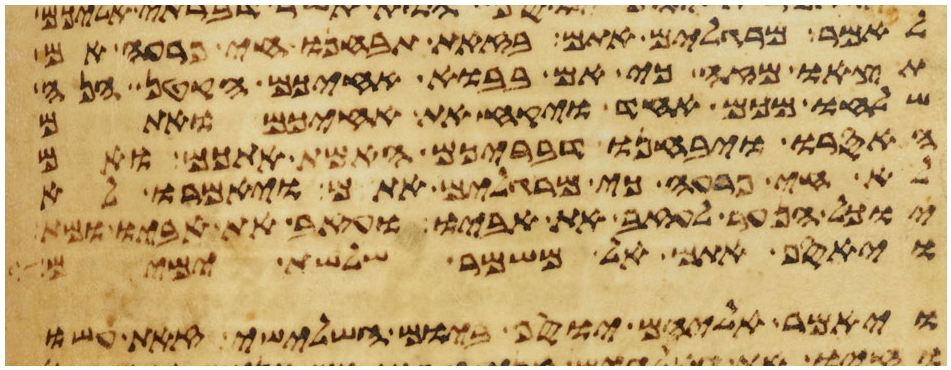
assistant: לאמר מרגלים אתם בזאת תבחנו חי פרעה אם
תצאו מזה כי אם בבוא אחיכם הקטן הנה
שלחו מכם אחד ויקח את אחיכם ואתם
האסרו ויבחנו דבריכם האמת אתכם ואם
לא חי פרעה כי מרגלים אתם ויאמרו
יוכל הנער לעזב את אביו ועזב את אביו ומת
ויאסף אתם אל משמר שלשת ימים
ויאמר אליהם יוסף ביום השלישי זאת עשו